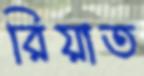
রিয়াত